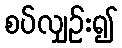
စပ်လျှဉ်း၍